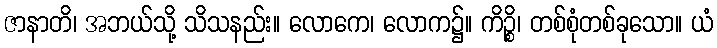
ဇာနာတိ၊ အဘယ်သို့ သိသနည်း။ လောကေ၊ လောက၌။ ကိဉ္စိ၊ တစ်စုံတစ်ခုသော။ ယံ